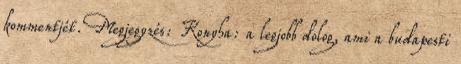
kommentjét. Megjegyzés: Konyha: a legjobb dolog, ami a budapesti